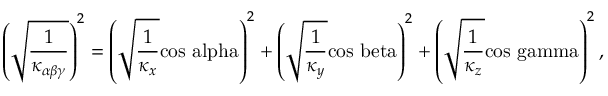
\left( \sqrt { \frac { 1 } { \kappa _ { \alpha \beta \gamma } } } \right) ^ { 2 } = \left( \sqrt { \frac { 1 } { \kappa _ { x } } } \mathrm { c o s \ a l p h a } \right) ^ { 2 } + \left( \sqrt { \frac { 1 } { \kappa _ { y } } } \mathrm { c o s \ b e t a } \right) ^ { 2 } + \left( \sqrt { \frac { 1 } { \kappa _ { z } } } \mathrm { c o s \ g a m m a } \right) ^ { 2 } ,